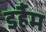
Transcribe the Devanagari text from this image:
डर्हैम